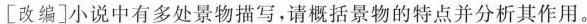
[改编]小说中有多处景物描写，请概括景物的特点并分析其作用。